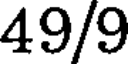
49/9